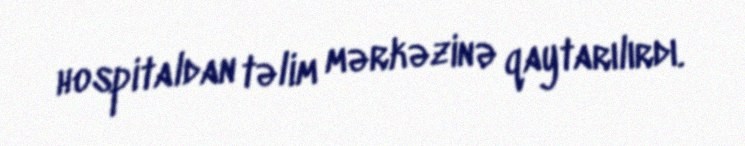
hospitaldan təlim mərkəzinə qaytarılırdı.